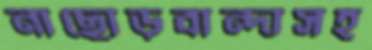
নাছোড়বান্দাসহ